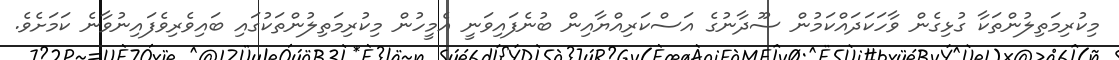
މިކުރިމަތިލުންތަކާ ގުޅިގެން ވާހަކަދައްކަމުން ސޫދާނުގެ އަސްކަރިއްޔާއިން ބުނެފައިވަނީ އެމީހުން މިކުރިމަތިލުންތަކުގައި ބައިވެރިވެފައިނުވާނެ ކަމަށެވެ.